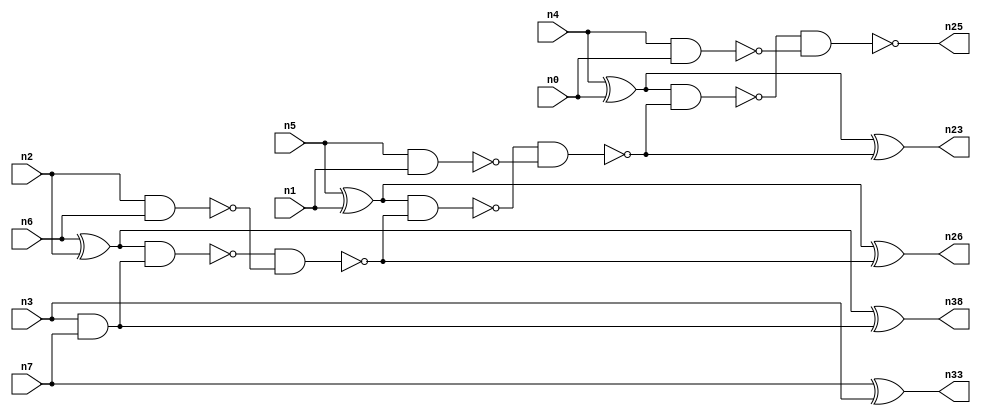
// This file contains a pareto-optimal circuit with respect to pdp and the fault-resilince parameter p_fault which is defined as:
// "For all input vectors, the ratio of the no. of faults observable at the POs to the no. of total possible faults in the circuit".
// This code is part of the ReCkt library (https://github.com/umar-afzaal/ReCkt) distributed under The MIT License.
// When used, please cite the following article(s):
// U. Afzaal, A.S. Hassan, M. Usman and J.A. Lee, "On the Evolutionary Synthesis of Increased Fault-resilience Arithmetic Circuits".

// p_fault = 89.4 %    (Lower is better)
// gates = 22.0
// levels = 7
// area = 29.64    (For MCNC library relative to nand2)
// power = 110.2 uW    (Berkely-SIS for MCNC library @ Vdd=5V and 20 MHz clock)
// delay = 7.9 ns    (Berkely-ABC for MCNC library)
// PDP = 8.7058e-13 J

// Pin mapping:
// {n0, n1, n2, n3} = A[3:0]
// {n4, n5, n6, n7} = B[3:0]
// {n25, n23, n26, n38, n33} = O[4:0]

module addr4u_pdp_4 (
n0, n1, n2, n3, n4, n5, n6, n7, 
n25, n23, n26, n38, n33
);

input n0, n1, n2, n3, n4, n5, n6, n7;
output n25, n23, n26, n38, n33;
wire n15, n16, n8, n10, n13, n12, n31, n19, n18, n21, n24, n20, n9, n11, n14, n17, n22;

and (n8, n3, n7);
xor (n9, n6, n2);
xor (n10, n5, n1);
nand (n11, n5, n1);
nand (n12, n4, n0);
nand (n13, n2, n6);
xnor (n14, n7, n3);
xor (n15, n4, n0);
xor (n16, n9, n8);
nand (n17, n9, n8);
and (n18, n14, n14);
nand (n19, n17, n13);
nand (n20, n10, n19);
xnor (n21, n10, n19);
nand (n22, n20, n11);
xor (n23, n15, n22);
nand (n24, n15, n22);
nand (n25, n24, n12);
nand (n26, n21, n21);
and (n31, n14, n18);
nand (n33, n18, n31);
and (n38, n16, n16);

endmodule